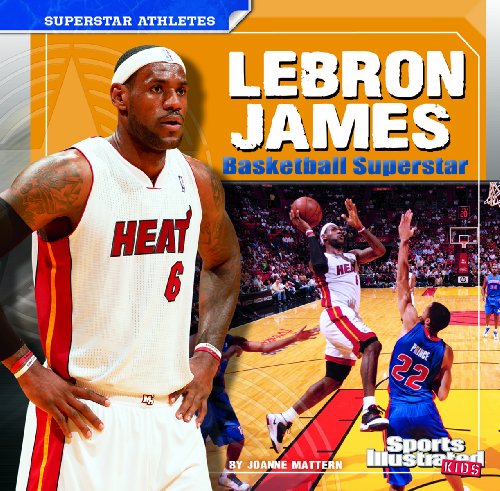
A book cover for LeBron James: Basketball Superstar (Superstar Athletes); Joanne Mattern; Children's Books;